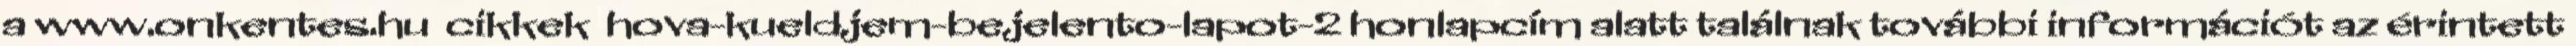
a www.onkentes.hu cikkek hova-kueldjem-bejelento-lapot-2 honlapcím alatt találnak további információt az érintett